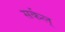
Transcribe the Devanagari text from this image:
सर्कल्